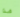
هذا